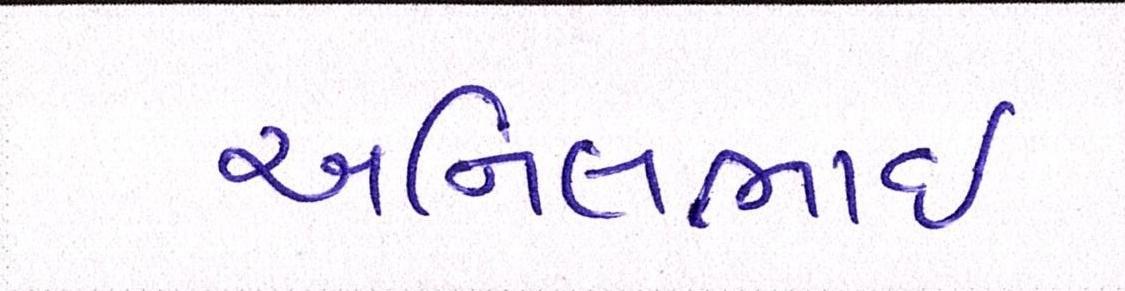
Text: અનિલભાઇ